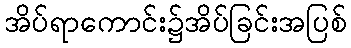
အိပ်ရာကောင်း၌အိပ်ခြင်းအပြစ်